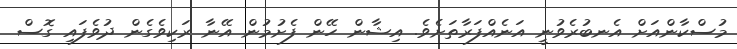
މުސްކާންއަށް އެނބުރެވުނީ އަނެއްފަރާތަށެވެ. އިޝާން ހޭން ފެށުމުން އޭނާ ރަކިވެގެން ދުވެފައި ގޮސް